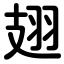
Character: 翅